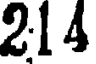
214